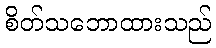
စိတ်သဘောထားသည်